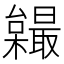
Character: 𣠏